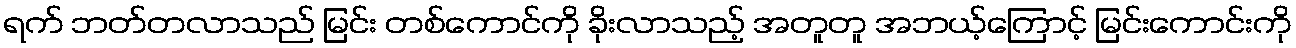
ရက် ဘတ်တလာသည် မြင်း တစ်ကောင်ကို ခိုးလာသည့် အတူတူ အဘယ့်ကြောင့် မြင်းကောင်းကို